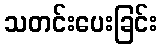
သတင်းပေးခြင်း